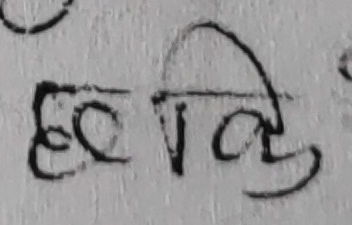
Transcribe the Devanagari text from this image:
हुति